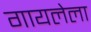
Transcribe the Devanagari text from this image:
गायलेला